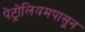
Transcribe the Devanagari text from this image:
पेट्रोलियमपासून